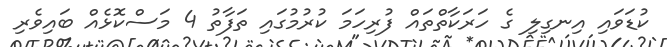
ކުޑަވައި އިނގިލި ގެ ހަރަކާތްތައް ފުރިހަމަ ކުރުމުގައި ތަފާތު 4 މަސްކޮޅެއް ބައިވެރި